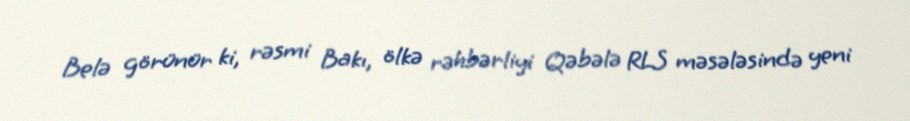
Belə görünür ki, rəsmi Bakı, ölkə rəhbərliyi Qəbələ RLS məsələsində yeni